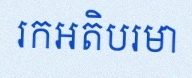
រកអតិបរមា